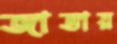
জাভায়